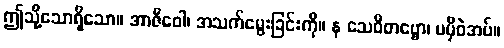
ဤသို့သောရှိသော။ အာဇီဝေါ၊ အသက်မွေးခြင်းကို။ န သေဝိတဗ္ဗော၊ မမှီဝဲအပ်။